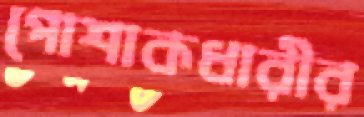
পোশাকধারীর